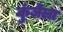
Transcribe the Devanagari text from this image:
कुंजेला